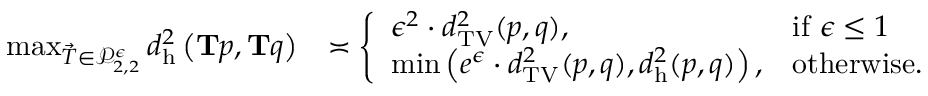
\begin{array} { r l } { \operatorname* { m a x } _ { \vec { T } \in \mathcal { P } _ { 2 , 2 } ^ { \epsilon } } d _ { \mathrm { h } } ^ { 2 } \left( \mathbf { T } p , \mathbf { T } q \right) } & { \asymp \left\{ \begin{array} { l l } { \epsilon ^ { 2 } \cdot d _ { \mathrm { T V } } ^ { 2 } ( p , q ) , } & { \mathrm { i f ~ } \epsilon \leq 1 } \\ { \operatorname* { m i n } \left( e ^ { \epsilon } \cdot d _ { \mathrm { T V } } ^ { 2 } ( p , q ) , d _ { \mathrm { h } } ^ { 2 } ( p , q ) \right) , } & { \mathrm { o t h e r w i s e . } } \end{array} \right. } \end{array}